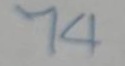
74